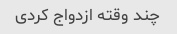
چند وقته ازدواج کردی